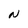
Character: N